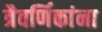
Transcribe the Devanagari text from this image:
त्रैवर्णिकांना